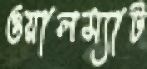
ওয়ালম্যাট